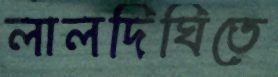
লালদিঘিতে